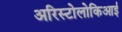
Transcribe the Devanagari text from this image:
अरिस्टोलोकिआई